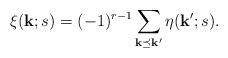
LaTeX: \begin{align*}\xi({\bf k};s)= (-1)^{r-1}\sum_{{\bf k}\preceq{\bf k'}}\eta({\bf k'};s).\end{align*}